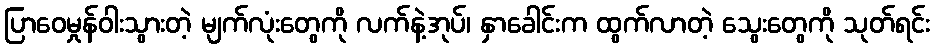
ပြာဝေမှုန်ဝါးသွားတဲ့ မျက်လုံးတွေကို လက်နဲ့အုပ်၊ နှာခေါင်းက ထွက်လာတဲ့ သွေးတွေကို သုတ်ရင်း